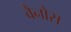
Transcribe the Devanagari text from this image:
वैनोस